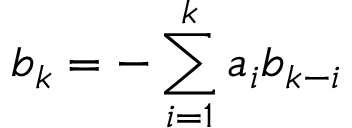
b _ { k } = - \sum _ { i = 1 } ^ { k } a _ { i } b _ { k - i }